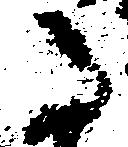
た